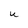
Character: U